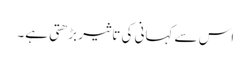
اس سے کہانی کی تاثیر بڑھتی ہے۔